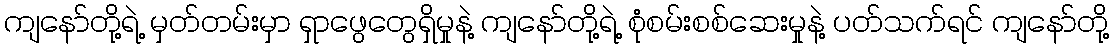
ကျနော်တို့ရဲ့ မှတ်တမ်းမှာ ရှာဖွေတွေရှိမှုနဲ့ ကျနော်တို့ရဲ့ စုံစမ်းစစ်ဆေးမှုနဲ့ ပတ်သက်ရင် ကျနော်တို့